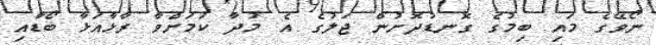
ނޯވޭގެ މައި ބިމުގެ ގޮނޑުދޮށުން ޖަލުގެ އެ މުދާ ކަމަށްވާ ރާޅާއަޅާ ބޯޑާއި